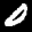
Label: 0